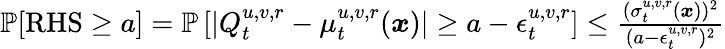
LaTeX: \begin{array}{r}{\mathbb{P}[\mathrm{RHS}\geq a]=\mathbb{P}\left[\left|Q_{t}^{u,v,r}-{\mu}_{t}^{u,v,r}(\boldsymbol{x})\right|\geq a-\epsilon_{t}^{u,v,r}\right]\leq\frac{({\sigma}_{t}^{u,v,r}(\boldsymbol{x}))^{2}}{(a-\epsilon_{t}^{u,v,r})^{2}}}\end{array}